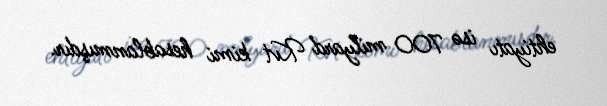
ehtiyatı isə 700 milyard Kvt kimi hesablanmışdır.